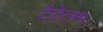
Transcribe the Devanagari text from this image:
टैटेलम